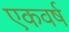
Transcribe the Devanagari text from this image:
एकवर्ष